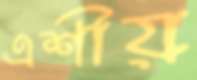
এশীয়